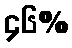
၄၆%